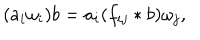
( a _ { i } \omega _ { i } ) b = a _ { i } ( f _ { i j } \ast b ) \omega _ { j } ,